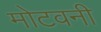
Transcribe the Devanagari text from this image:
मोटवनी